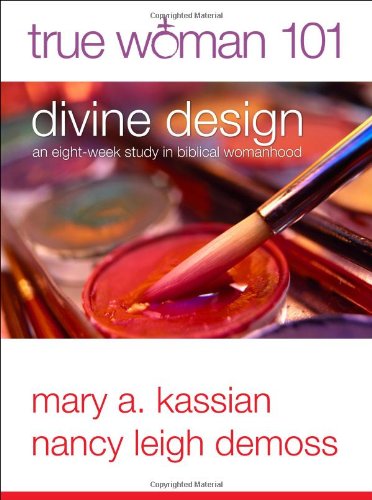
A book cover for True Woman 101: Divine Design: An Eight-Week Study on Biblical Womanhood (True Woman); Mary A Kassian; Christian Books & Bibles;